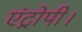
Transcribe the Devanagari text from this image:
एंट्रोपी।